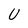
Character: U